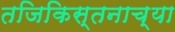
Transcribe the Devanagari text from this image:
तजिकिस्तनाच्या